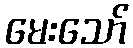
မေးသော်